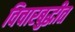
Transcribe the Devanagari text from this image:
विचारबुद्धीत